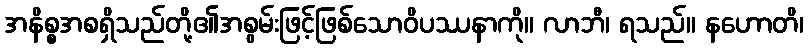
အနိစ္စအစရှိသည်တို့၏အစွမ်းဖြင့်ဖြစ်သောဝိပဿနာကို။ လာဘီ၊ ရသည်။ နဟောတိ၊